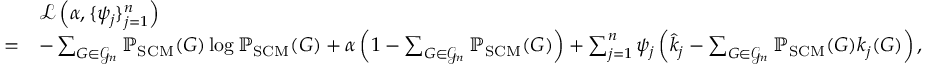
{ \begin{array} { r l } & { { \mathcal { L } } \left( \alpha , \{ \psi _ { j } \} _ { j = 1 } ^ { n } \right) } \\ { = } & { - \sum _ { G \in { \mathcal { G } } _ { n } } \mathbb { P } _ { \mathrm { S C M } } ( G ) \log \mathbb { P } _ { \mathrm { S C M } } ( G ) + \alpha \left( 1 - \sum _ { G \in { \mathcal { G } } _ { n } } \mathbb { P } _ { \mathrm { S C M } } ( G ) \right) + \sum _ { j = 1 } ^ { n } \psi _ { j } \left( { \widehat { k } } _ { j } - \sum _ { G \in { \mathcal { G } } _ { n } } \mathbb { P } _ { \mathrm { S C M } } ( G ) k _ { j } ( G ) \right) , } \end{array} }